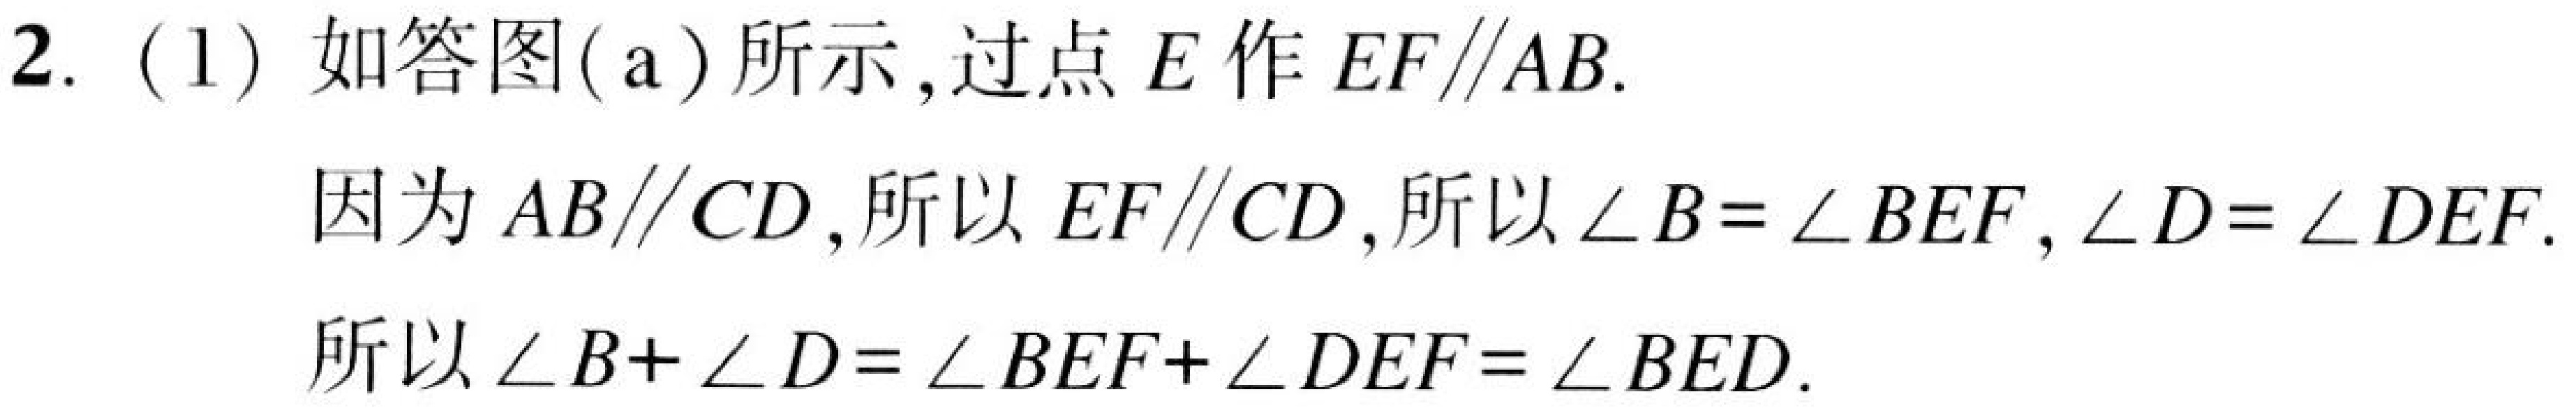
2.（1）如答图(a)所示,过点 \(E\) 作 \(EF\parallel AB\).
因为 \(AB\parallel CD\),所以 \(EF\parallel CD\),所以 \(\angle B = \angle BEF\), \(\angle D=\angle DEF\).
所以 \(\angle B+\angle D=\angle BEF + \angle DEF=\angle BED\).